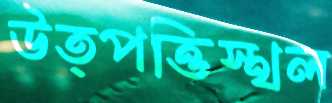
উত্পত্তিস্থল